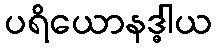
ပရိယောနဒ္ဓါယ